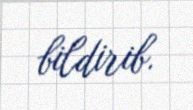
bildirib.